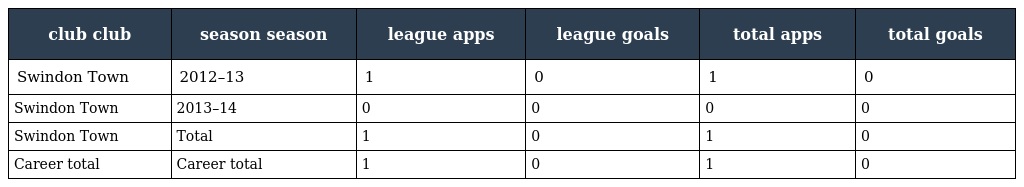
| club club | season season | league apps | league goals | total apps | total goals |
 | --- | --- | --- | --- | --- | --- |
 | Swindon Town | 2012–13 | 1 | 0 | 1 | 0 |
 | Swindon Town | 2013–14 | 0 | 0 | 0 | 0 |
 | Swindon Town | Total | 1 | 0 | 1 | 0 |
 | Career total | Career total | 1 | 0 | 1 | 0 |